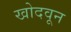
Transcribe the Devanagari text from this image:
खोदवून